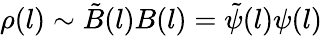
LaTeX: \rho(l)\sim\tilde{B}(l)B(l)=\tilde{\psi}(l)\psi(l)